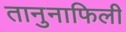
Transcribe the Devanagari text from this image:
तानुनाफिली